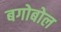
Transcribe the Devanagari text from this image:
बगोबोल